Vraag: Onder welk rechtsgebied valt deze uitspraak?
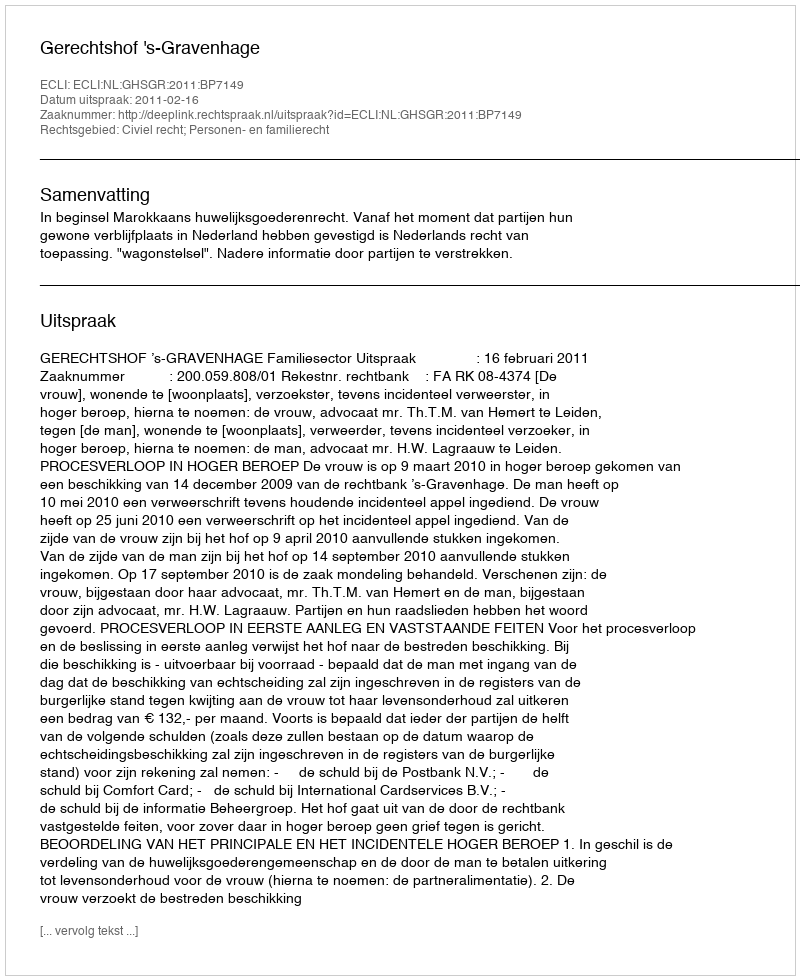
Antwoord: Civiel recht; Personen- en familierecht